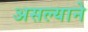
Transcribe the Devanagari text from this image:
असल्याने